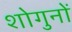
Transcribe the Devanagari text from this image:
शोगुनों